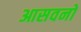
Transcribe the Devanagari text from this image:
आसवनों